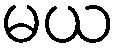
မယ